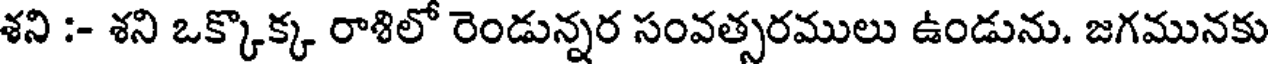
శని :- శని ఒక్కొక్క రాశిలో రెండున్నర సంవత్సరములు ఉండును. జగమునకు